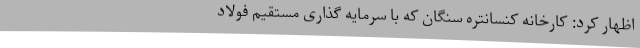
اظهار کرد: کارخانه کنسانتره سنگان که با سرمایه گذاری مستقیم فولاد